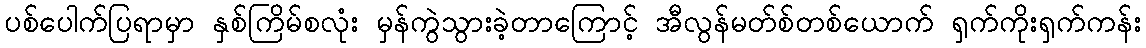
ပစ်ပေါက်ပြရာမှာ နှစ်ကြိမ်စလုံး မှန်ကွဲသွားခဲ့တာကြောင့် အီလွန်မတ်စ်တစ်ယောက် ရှက်ကိုးရှက်ကန်း